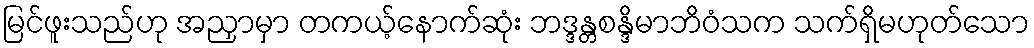
မြင်ဖူးသည်ဟု အညှာမှာ တကယ့်နောက်ဆုံး ဘဒ္ဒန္တစန္ဒိမာဘိဝံသက သက်ရှိမဟုတ်သော